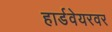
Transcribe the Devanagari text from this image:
हार्डवेयरवर